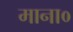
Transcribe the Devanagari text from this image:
माना०